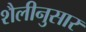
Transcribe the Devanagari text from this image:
शैलीनुसार